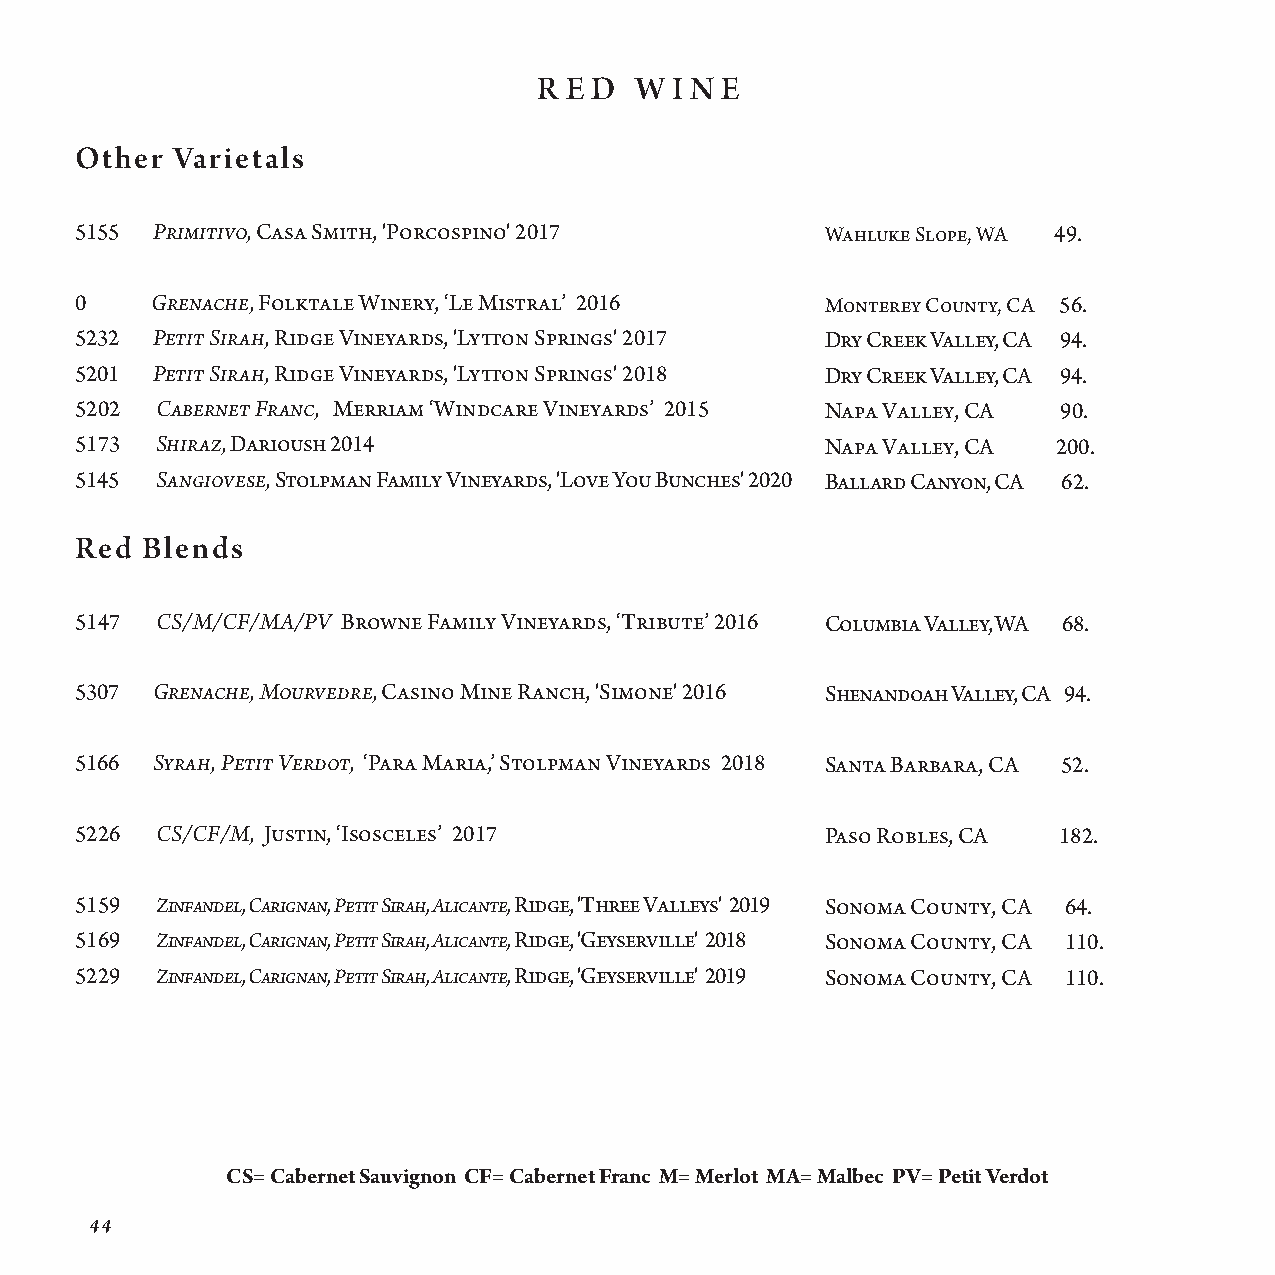
R E D W I N E
 Other Varietals
 5155 Primitivo, Casa Smith, 'Porcospino' 2017     W ahluke Slope, WA 49.
 0    Grenache, Folktale Winery, ‘Le Mistral’ 2016 Monterey County, CA 56.
 5232 Petit Sirah, Ridge Vineyards, 'Lytton Springs' 2017 Dry C r e e k V a l l e y , C A 94.
 5201 Petit Sirah, Ridge Vineyards, 'Lytton Springs' 2018 Dry C r e e k V a l l e y , C A 94.
 5202 Cabernet Franc, Merriam ‘Windcare Vineyards’ 2015 Nap a V a l l e y , C A 90.
 5173 Shiraz, Darioush 2014                        Napa Valley, CA 200.
 5145 Sangiovese, Stolpman Family Vineyards, 'Love You Bunches' 2020 Bal l a r d C a n y o n , C A 62.
 Red Blends
 5147 CS/M/CF/MA/PV Browne Family Vineyards, ‘Tribute’ 2016 Col u m b i a V a lley, WA 68.
 5307 Grenache, Mourvedre, Casino Mine Ranch, 'Simone' 2016 She n a n doah Valley, CA 94.
 5166 Syrah, Petit Verdot, ‘Para Maria,’ Stolpman Vineyards 2018 San t a B arbara, CA 52.
 5226 CS/CF/M, Justin, ‘Isosceles’ 2017            P aso Robles, CA 182.
 5159 Zinfandel, Carignan, Petit Sirah, Alicante, Ridge, 'Three Valleys' 2019 S onoma County, CA 64.
 5169 Zinfandel, Carignan, Petit Sirah, Alicante, Ridge, 'Geyserville' 2018 Sonoma County, CA 110.
 5229 Zinfandel, Carignan, Petit Sirah, Alicante, Ridge, 'Geyserville' 2019 Sonoma County, CA 110.
 CS= Cabernet Sauvignon CF= Cabernet Franc M= Merlot MA= Malbec PV= Petit Verdot
 44